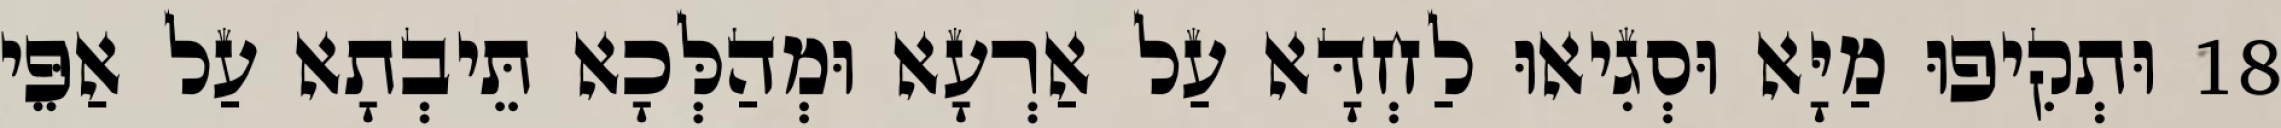
18 וּתְקִיפוּ מַיָּא וּסְגִיאוּ לַחְדָּא עַל אַרְעָא וּמְהַלְּכָא תֵּיבְתָא עַל אַפֵּי